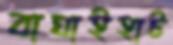
বাঘাইহাট